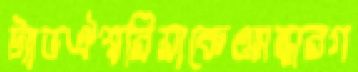
ট্যাডঐশ্বরিয়াকেওসন্ধারগ